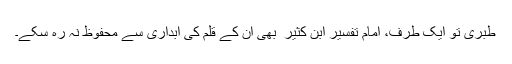
طبری تو ایک طرف، امام تفسیر ابن کثیر ؒ بھی ان کے قلم کی آبداری سے محفوظ نہ رہ سکے۔